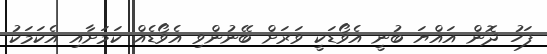
ފަހު ދޮން އައްޔަ ބުނީ އެވޯޑަކީ ވަރަށް ބޭނުންވި އެވޯޑެއް ކަމަށާއި އެކަމަކު